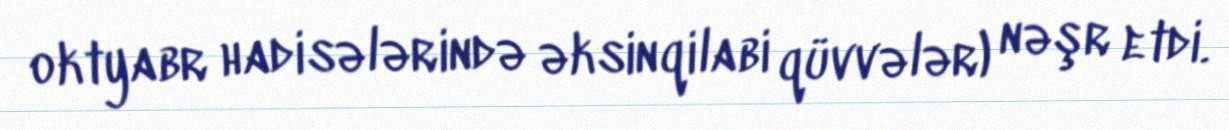
oktyabr hadisələrində əksinqilabi qüvvələr) nəşr etdi.